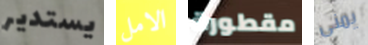
يستدير الامل مقطورة يمنى